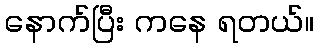
နောက်ပြီး ကနေ ရတယ်။